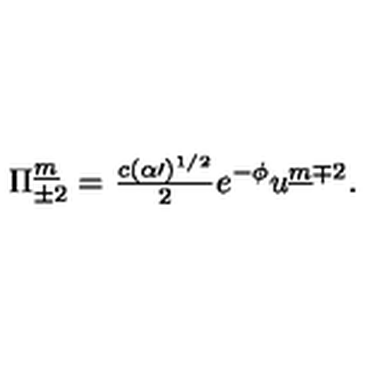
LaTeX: \Pi _ { \pm 2 } ^ { \underline { m } } = { \textstyle \frac { c ( \alpha \prime ) ^ { 1 / 2 } } { 2 } } e ^ { - \phi } u ^ { \underline { m } \mp 2 } .